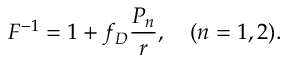
F ^ { - 1 } = 1 + f _ { D } { \frac { { \cal P } _ { n } } { r } } , \ \ \ ( n = 1 , 2 ) .